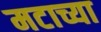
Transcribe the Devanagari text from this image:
मटाच्या